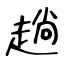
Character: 趟